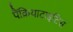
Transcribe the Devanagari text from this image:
पैंक्रियाटाइटिस